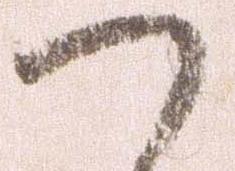
つ